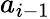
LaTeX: a_{i-1}